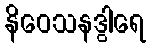
နိဝေသနဒွါရေ